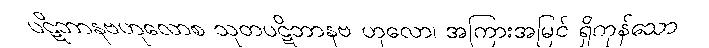
ပဋိဘာနဗဟုလောစ သုတပဋိဘာနဗ ဟုလော၊ အကြားအမြင် ရှိကုန်သော